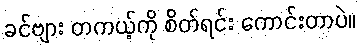
ခင်ဗျား တကယ့်ကို စိတ်ရင်း ကောင်းတာပဲ။